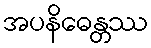
အပနိဓေန္တဿ